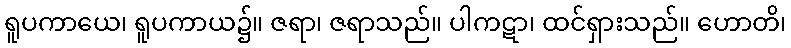
ရူပကာယေ၊ ရူပကာယ၌။ ဇရာ၊ ဇရာသည်။ ပါကဋာ၊ ထင်ရှားသည်။ ဟောတိ၊